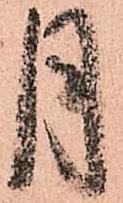
月